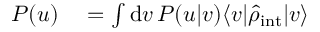
\begin{array} { r l } { P ( u ) } & { { } = \int \mathrm { d } v \, P ( u | v ) \langle v | \hat { \rho } _ { \mathrm { i n t } } | v \rangle } \end{array}